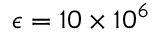
\epsilon = 1 0 \times 1 0 ^ { 6 }